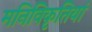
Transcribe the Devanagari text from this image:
मनिविकृतियां